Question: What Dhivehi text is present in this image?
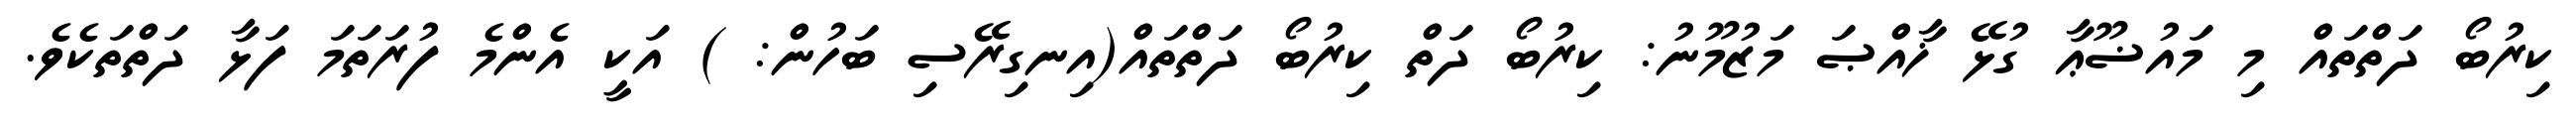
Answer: ކިރުބޯ ދަތްތައް މި މައުޟޫޢާ ގުޅޭ ޚާއްޞަ މަޒުމޫނު: ކިރުބޯ ދަތް ކިރުބޯ ދަތްތައް(އިނގިރޭސި ބަހުން: ) އަކީ އެންމެ ފުރަތަމަ ފަޅާ ދަތްތަކެވެ.